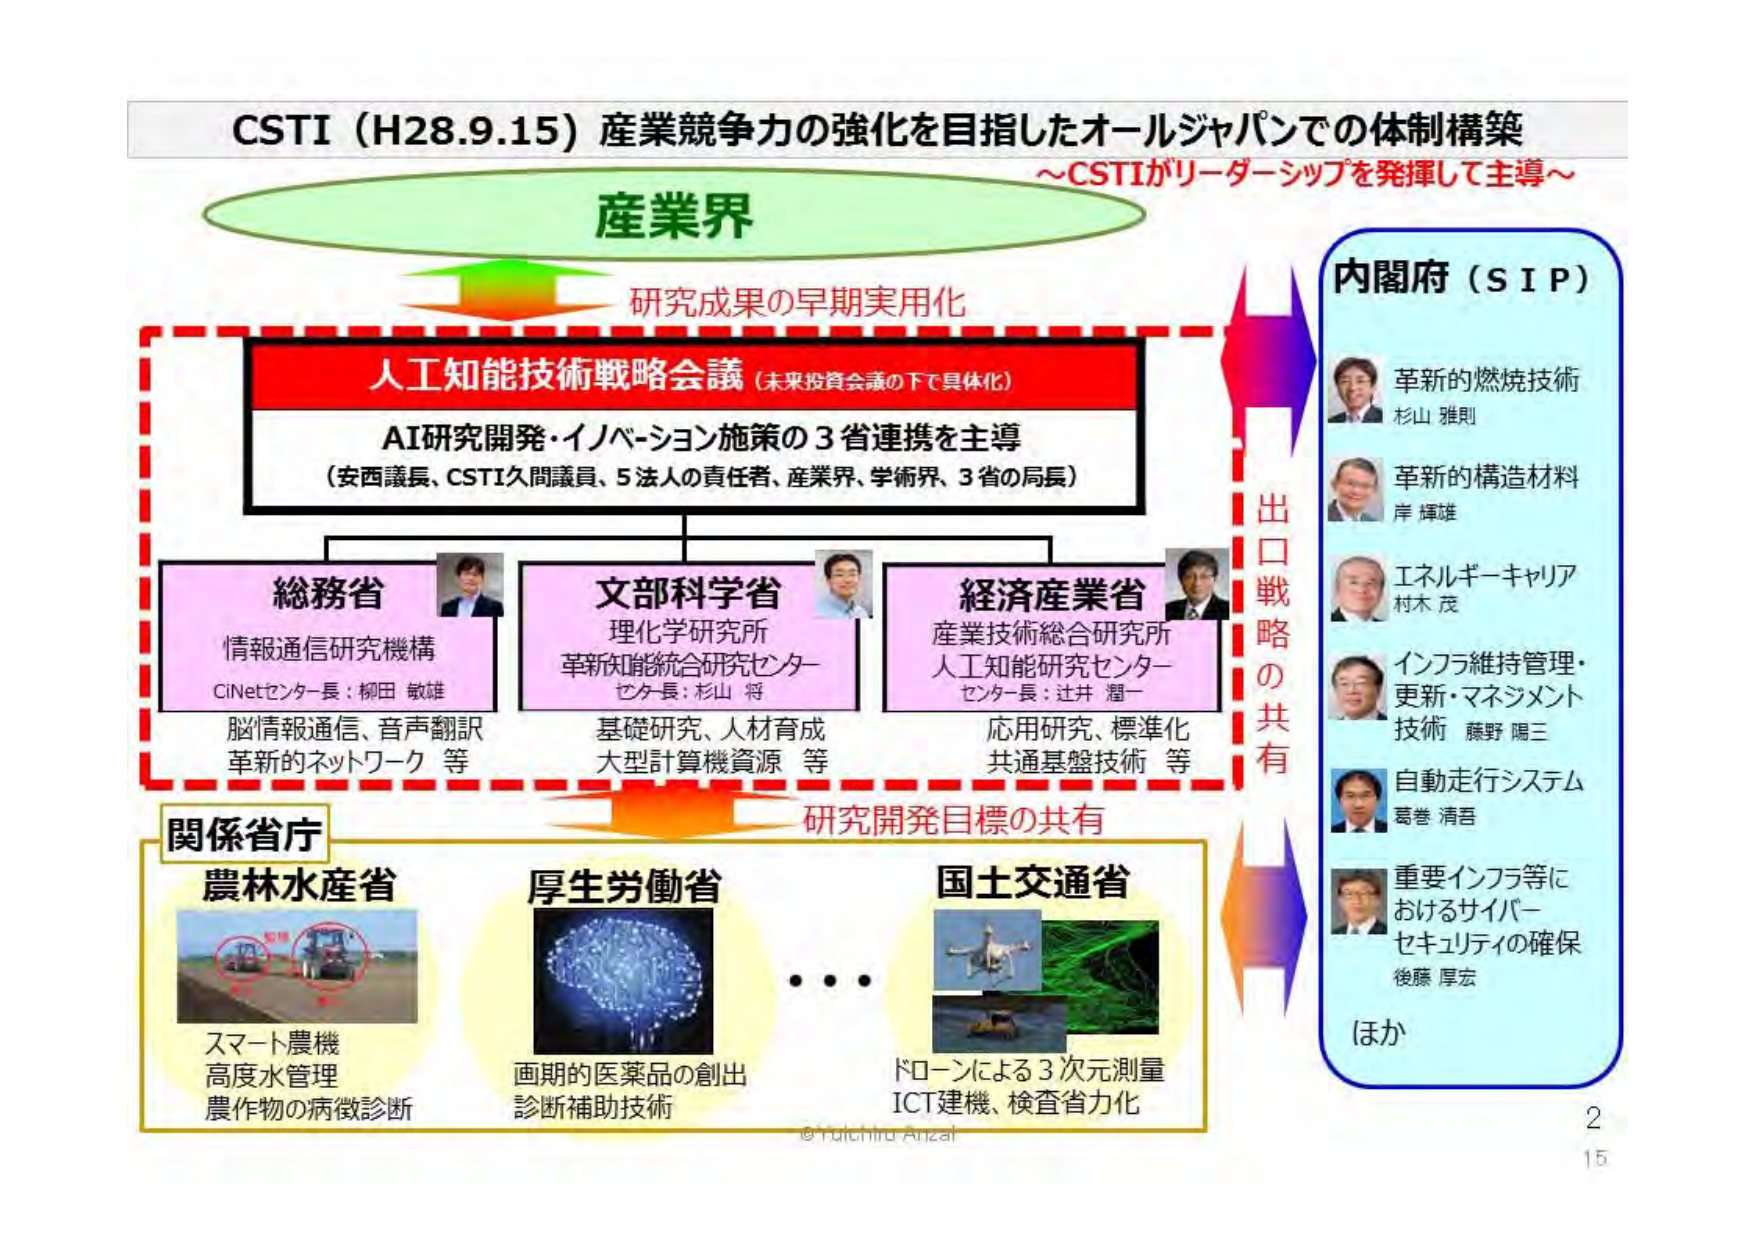
CSTI（H28.9.15）産業競争力の強化を目指したオールジャパンでの体制構築
～CSTIがリーダーシップを発揮して主導～

産業界
研究成果の早期実用化

人工知能技術戦略会議（未来投資会議の下で具体化）
AI研究開発・イノベーション施策の3省連携を主導
（安西議長、CSTI久間議員、5法人の責任者、産業界、学術界、3省の局長）

総務省
情報通信研究機構
CiNetセンター長：柳田 敏雄
脳情報通信、音声翻訳
革新的ネットワーク 等

文部科学省
理化学研究所
革新知能統合研究センター
センター長：杉山 将
基礎研究、人材育成
大型計算機資源 等

経済産業省
産業技術総合研究所
人工知能研究センター
センター長：辻井 潤一
応用研究、標準化
共通基盤技術 等

研究開発目標の共有

関係省庁
農林水産省
スマート農機
高度水管理
農作物の病徴診断

厚生労働省
画期的医薬品の創出
診断補助技術

国土交通省
ドローンによる3次元測量
ICT建機、検査省力化

出口戦略の共有

内閣府（SIP）
革新的燃焼技術
杉山 雅則
革新的構造材料
岸 樺雄
エネルギー・キャリア
村木 茂
インフラ維持管理・更新・マネジメント技術
藤野 陽三
自動走行システム
葛巻 清吾
重要インフラ等におけるサイバーセキュリティの確保
後藤 厚宏
ほか

© Yutichiro Anzai
2
15